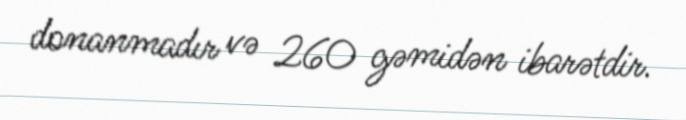
donanmadır və 260 gəmidən ibarətdir.